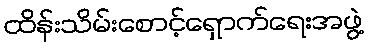
ထိန်းသိမ်းစောင့်ရှောက်ရေးအဖွဲ့